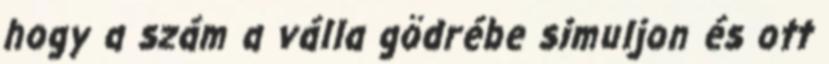
hogy a szám a válla gödrébe simuljon és ott